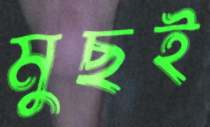
মুছই